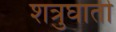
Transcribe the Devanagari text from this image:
शत्रुघाती